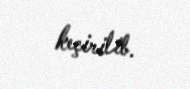
keçirilib.